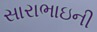
સારાભાઇની